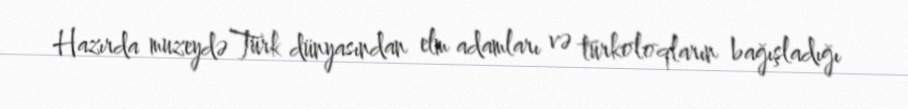
Hazırda muzeydə Türk dünyasından elm adamları və türkoloqların bağışladığı